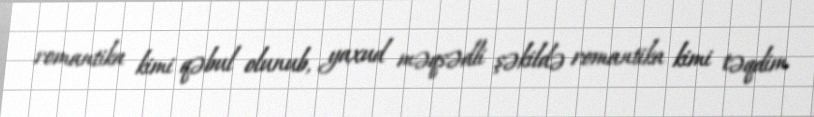
romantika kimi qəbul olunub, yaxud məqsədli şəkildə romantika kimi təqdim